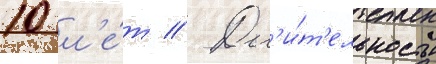
10 л'е́т // Дл'и́т'ельность